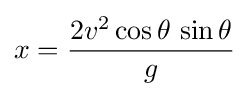
x={\frac {2v^{2}\cos \theta \,\sin \theta }{g}}